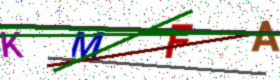
Text: KMFA